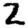
Digit: 2